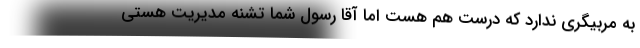
به مربیگری ندارد که درست هم هست اما آقا رسول شما تشنه مدیریت هستی